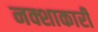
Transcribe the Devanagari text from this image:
नक्शाकारी